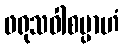
ဖရုသဝါစမ္ပာဟံ